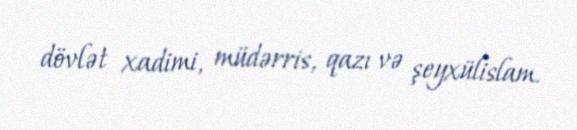
dövlət xadimi, müdərris, qazı və şeyxülislam.